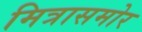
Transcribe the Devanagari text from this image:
मित्रासमोर